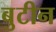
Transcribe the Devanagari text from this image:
बुटीन